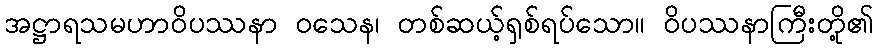
အဋ္ဌာရသမဟာဝိပဿနာ ဝသေန၊ တစ်ဆယ့်ရှစ်ရပ်သော။ ဝိပဿနာကြီးတို့၏